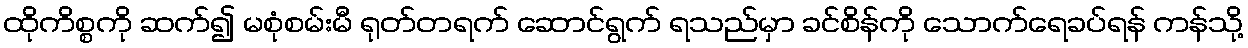
ထိုကိစ္စကို ဆက်၍ မစုံစမ်းမီ ရုတ်တရက် ဆောင်ရွက် ရသည်မှာ ခင်စိန်ကို သောက်ရေခပ်ရန် ကန်သို့